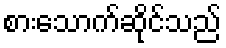
စားသောက်ဆိုင်သည်